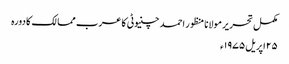
مکمل تحریر مولانا منظور احمد چنیوٹی کا عرب ممالک کا دورہ
۲۵ اپریل ۱۹۷۵ء